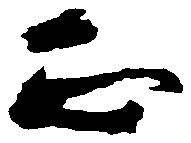
正